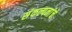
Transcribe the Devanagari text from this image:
संंकल्पनांंचे